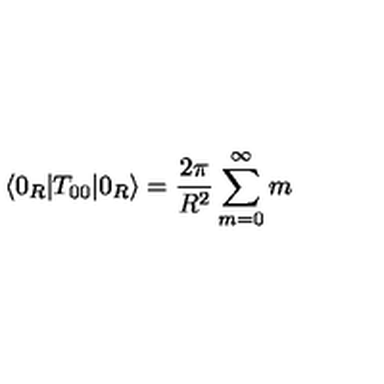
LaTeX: \langle 0 _ { R } | T _ { 0 0 } | 0 _ { R } \rangle = { \frac { 2 \pi } { R ^ { 2 } } } \sum _ { m = 0 } ^ { \infty } m